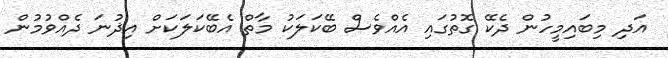
އަދި މިބައިމީހުން ދެކޭ ގޮތުގައި އެއްވެސް ބޭކަލަކު މާތް އެބޭކަލަކަށް އިޛުނަ ދެއްވުމުން